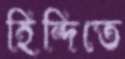
হিন্দিতে